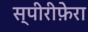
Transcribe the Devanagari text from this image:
स्पीरीफ़ेरा